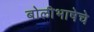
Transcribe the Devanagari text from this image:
बोलीभाषेचे